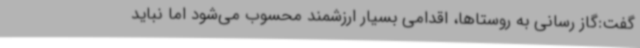
گفت:گاز رسانی به روستاها، اقدامی بسیار ارزشمند محسوب می‌شود اما نباید